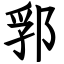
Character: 郛